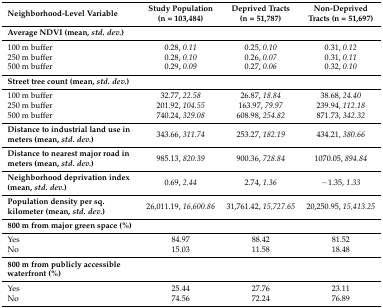
<table><thead><tr><td><b>Neighborhood-Level Variable</b></td><td><b>Study Population (n = 103,484)</b></td><td><b>Deprived Tracts (n = 51,787)</b></td><td><b>Non-Deprived Tracts (n = 51,697)</b></td></tr></thead><tbody><tr><td><b>Average NDVI (mean, <i>std. dev.</i>)</b></td><td></td><td></td><td></td></tr><tr><td>100 m buffer</td><td>0.28, <i>0.11</i></td><td>0.25, <i>0.10</i></td><td>0.31, <i>0.12</i></td></tr><tr><td>250 m buffer</td><td>0.28, <i>0.10</i></td><td>0.26, <i>0.07</i></td><td>0.31, <i>0.11</i></td></tr><tr><td>500 m buffer</td><td>0.29, <i>0.09</i></td><td>0.27, <i>0.06</i></td><td>0.32, <i>0.10</i></td></tr><tr><td><b>Street tree count (mean, <i>std. dev.</i>)</b></td><td></td><td></td><td></td></tr><tr><td>100 m buffer</td><td>32.77, <i>22.58</i></td><td>26.87, <i>18.84</i></td><td>38.68, <i>24.40</i></td></tr><tr><td>250 m buffer</td><td>201.92, <i>104.55</i></td><td>163.97, <i>79.97</i></td><td>239.94, <i>112.18</i></td></tr><tr><td>500 m buffer</td><td>740.24, <i>329.08</i></td><td>608.98, <i>254.82</i></td><td>871.73, <i>342.32</i></td></tr><tr><td><b>Distance to industrial land use in meters (mean, <i>std. dev.</i>)</b></td><td>343.66, <i>311.74</i></td><td>253.27, <i>182.19</i></td><td>434.21, <i>380.66</i></td></tr><tr><td><b>Distance to nearest major road in meters (mean, <i>std. dev.</i>)</b></td><td>985.13, <i>820.39</i></td><td>900.36, <i>728.84</i></td><td>1070.05, <i>894.84</i></td></tr><tr><td><b>Neighborhood deprivation index (mean, <i>std. dev.</i>)</b></td><td>0.69, <i>2.44</i></td><td>2.74, <i>1.36</i></td><td>−1.35, <i>1.33</i></td></tr><tr><td><b>Population density per sq. kilometer (mean, <i>std. dev.</i>)</b></td><td>26,011.19, <i>16,600.86</i></td><td>31,761.42, <i>15,727.65</i></td><td>20,250.95, <i>15,413.25</i></td></tr><tr><td><b>800 m from major green space (%)</b></td><td></td><td></td><td></td></tr><tr><td>Yes</td><td>84.97</td><td>88.42</td><td>81.52</td></tr><tr><td>No</td><td>15.03</td><td>11.58</td><td>18.48</td></tr><tr><td><b>800 m from publicly accessible waterfront (%)</b></td><td></td><td></td><td></td></tr><tr><td>Yes</td><td>25.44</td><td>27.76</td><td>23.11</td></tr><tr><td>No</td><td>74.56</td><td>72.24</td><td>76.89</td></tr></tbody></table>